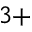
^ { 3 + }